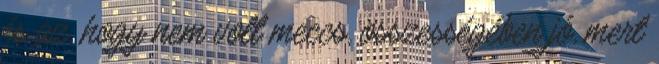
és az, hogy nem volt meccs, összességében jó, mert